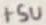
Text: +5V